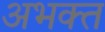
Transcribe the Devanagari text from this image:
अभक्त